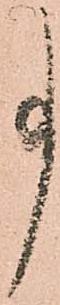
事